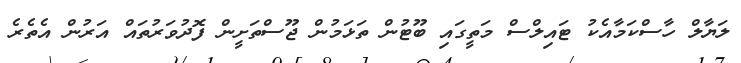
ލަޔާލް ހާސްކަމާއެކު ޓައިލްސް މަތީގައި ބޫޓުން ތަޅަމުން ޖޫސްތަށީން ފޮދުވަރުތައް އަރުން އެތެރެ